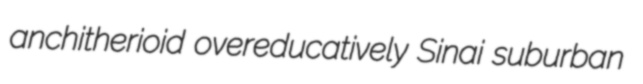
anchitherioid overeducatively Sinai suburban